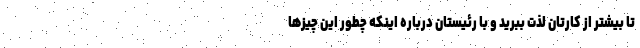
تا بیشتر از کارتان لذت ببرید و با رئیستان درباره اینکه چطور این چیزها